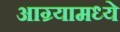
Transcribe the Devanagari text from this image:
आग्र्यामध्ये